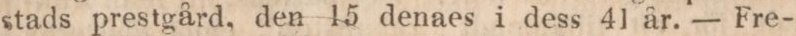
stads prestgård, den 15 denaes i dess 41 år. — Fre-